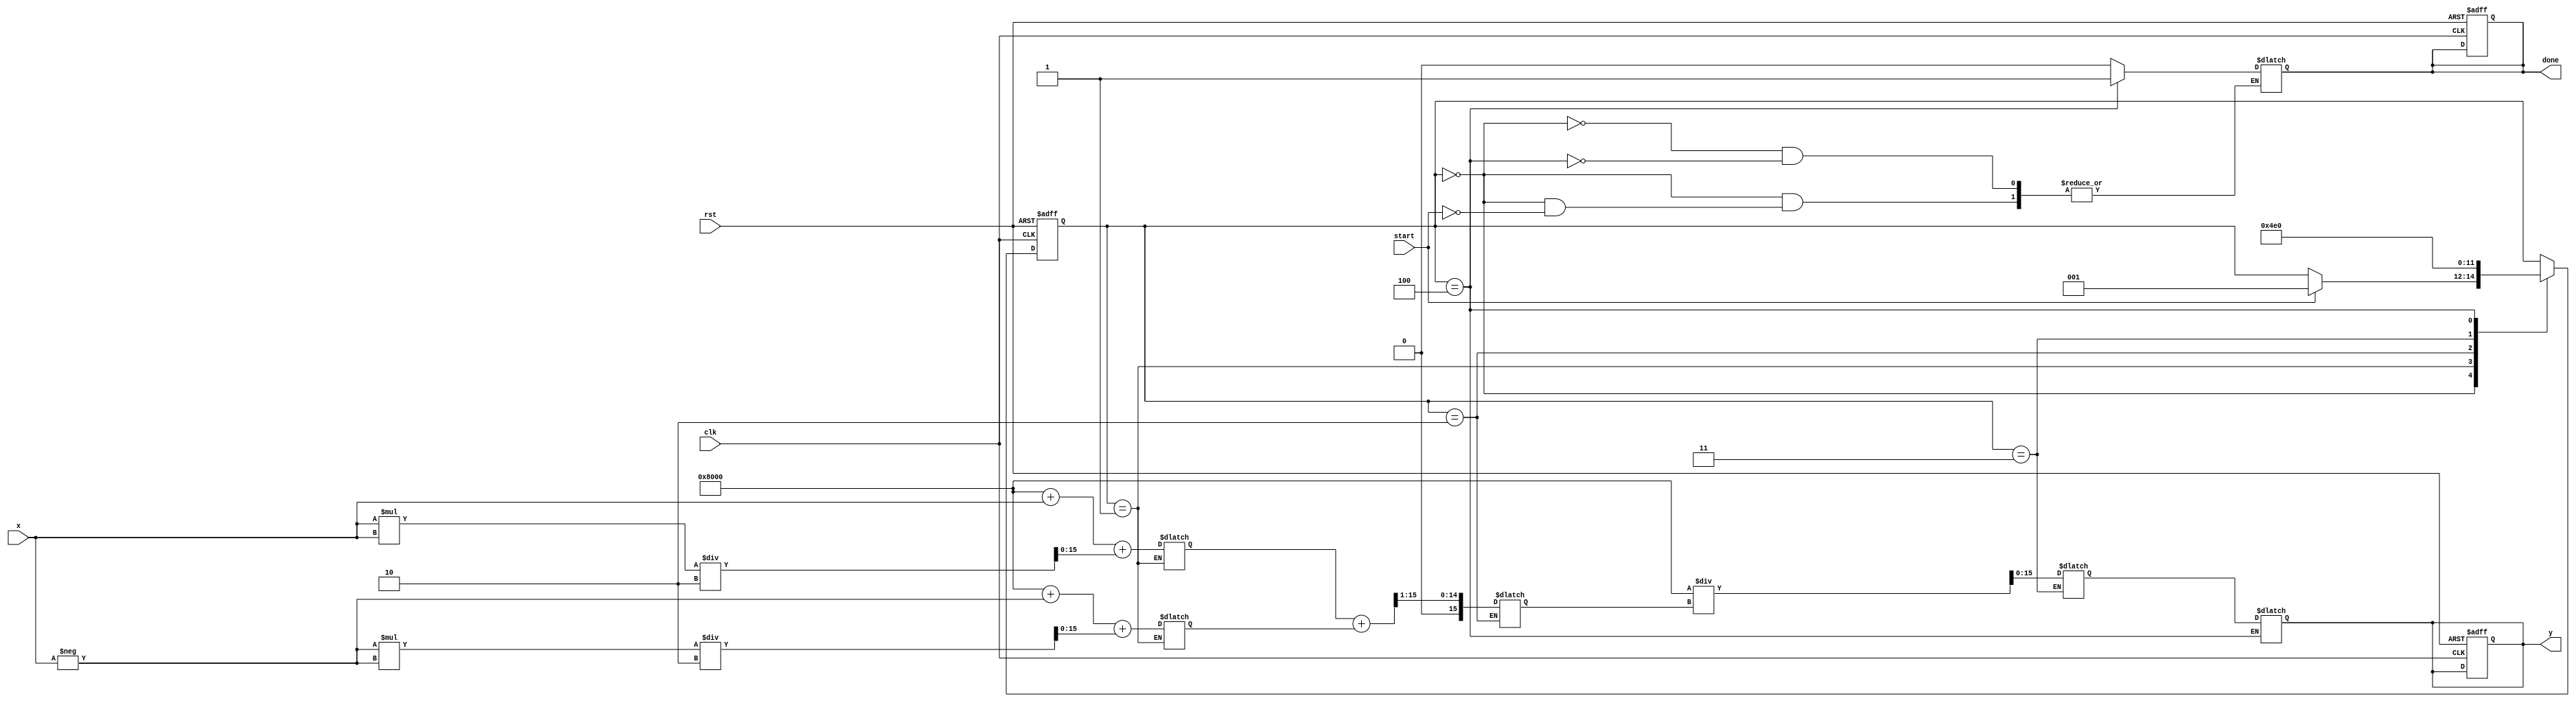
module hyperbolic_sech (
    input wire clk,
    input wire rst,
    input wire [15:0] x,       // 16-bit fixed-point input
    output reg [15:0] y,       // 16-bit fixed-point output
    input wire start,
    output reg done
);

    reg [15:0] exp_x;          // e^x
    reg [15:0] exp_neg_x;      // e^(-x)
    reg [15:0] cosh_x;         // cosh(x)
    reg [15:0] cosh_x_inv;     // 1/cosh(x)
    
    reg [2:0] state;
    reg [2:0] next_state;

    // State encoding
    localparam IDLE = 3'd0,
               EXPONENTIATE = 3'd1,
               COSH_CALC = 3'd2,
               RECIPROCAL = 3'd3,
               OUTPUT = 3'd4;

    // Exponential approximation (simple Taylor series or lookup can be implemented here)
    function [15:0] exp_approx(input [15:0] x);
        // Placeholder for exponential approximation
        // Implement a Taylor series or CORDIC algorithm for better accuracy
        exp_approx = (1 << 15) + x + (x * x) / 2; // e^x ~ 1 + x + x^2/2
    endfunction

    // Reciprocal approximation (Newton-Raphson or other methods can be implemented)
    function [15:0] reciprocal(input [15:0] val);
        // Placeholder for reciprocal calculation
        reciprocal = (1 << 15) / val; // Simple approximation
    endfunction

    // State machine for processing
    always @(posedge clk or posedge rst) begin
        if (rst) begin
            state <= IDLE;
            done <= 0;
            y <= 0;
        end else begin
            state <= next_state;
        end
    end

    always @(*) begin
        next_state = state;
        case (state)
            IDLE: begin
                if (start) begin
                    next_state = EXPONENTIATE;
                    done = 0;
                end
            end
            EXPONENTIATE: begin
                exp_x = exp_approx(x);
                exp_neg_x = exp_approx(-x); // Approximate e^(-x)
                next_state = COSH_CALC;
            end
            COSH_CALC: begin
                cosh_x = (exp_x + exp_neg_x) >> 1; // cosh(x) = (e^x + e^(-x)) / 2
                next_state = RECIPROCAL;
            end
            RECIPROCAL: begin
                cosh_x_inv = reciprocal(cosh_x); // 1/cosh(x)
                next_state = OUTPUT;
            end
            OUTPUT: begin
                y = cosh_x_inv; // Output the result
                done = 1;
                next_state = IDLE; // Go back to idle
            end
        endcase
    end

endmodule